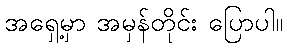
အရှေ့မှာ အမှန်တိုင်း ပြောပါ။